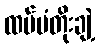
ထပ်မံတိုးချဲ့